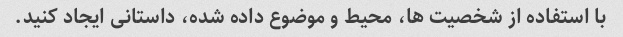
با استفاده از شخصیت ها، محیط و موضوع داده شده، داستانی ایجاد کنید.